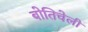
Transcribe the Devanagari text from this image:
बोतिचेली